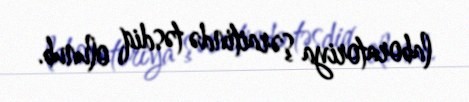
laboratoriya şəraitində təsdiq olunub.